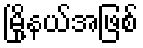
မြို့နယ်အဖြစ်